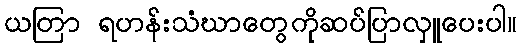
ယတြာ ရဟန်းသံဃာတွေကိုဆပ်ပြာလှူပေးပါ။